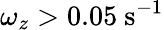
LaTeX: \omega_{z}>0.05\ \mathrm{s^{-1}}